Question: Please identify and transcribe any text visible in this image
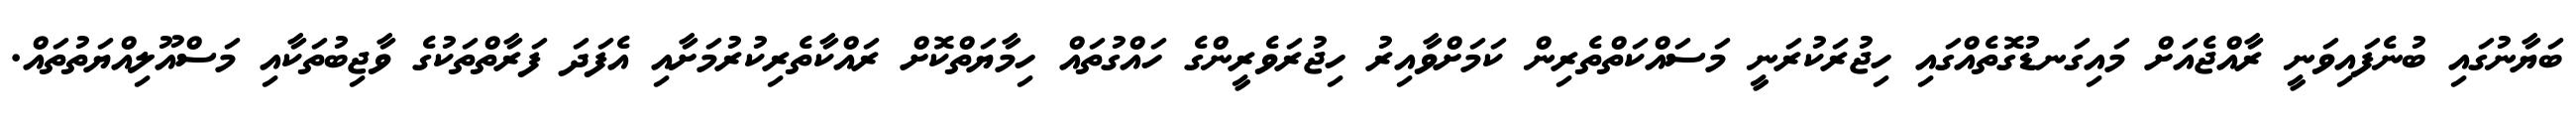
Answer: ބަޔާނުގައި ބުނެފައިވަނީ ރާއްޖެއަށް މައިގަނޑުގޮތެއްގައި ހިޖުރަކުރަނީ މަސައްކަތްތެރިން ކަމަށްވާއިރު ހިޖުރަވެރީންގެ ހައްގުތައް ހިމާޔަތްކޮށް ރައްކާތެރިކުރުމަށާއި އެފަދަ ފަރާތްތަކުގެ ވާޖިބުތަކާއި މަސްއޫލިއްޔަތުތައް.